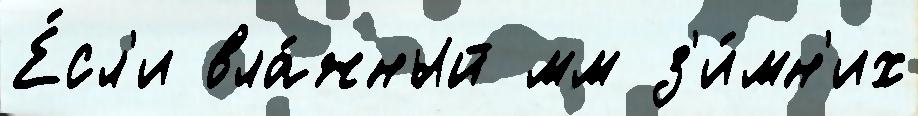
Е́сл'и вла́жный мм з'и́мн'их